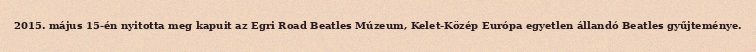
2015. május 15-én nyitotta meg kapuit az Egri Road Beatles Múzeum, Kelet-Közép Európa egyetlen állandó Beatles gyűjteménye.